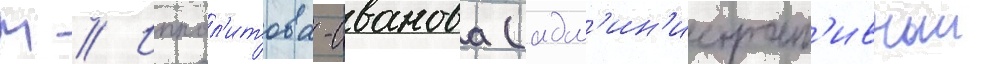
М // Иппол'итова-иванова (адм'ин'истрат'ивныи